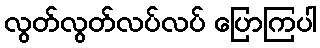
လွတ်လွတ်လပ်လပ် ပြောကြပါ